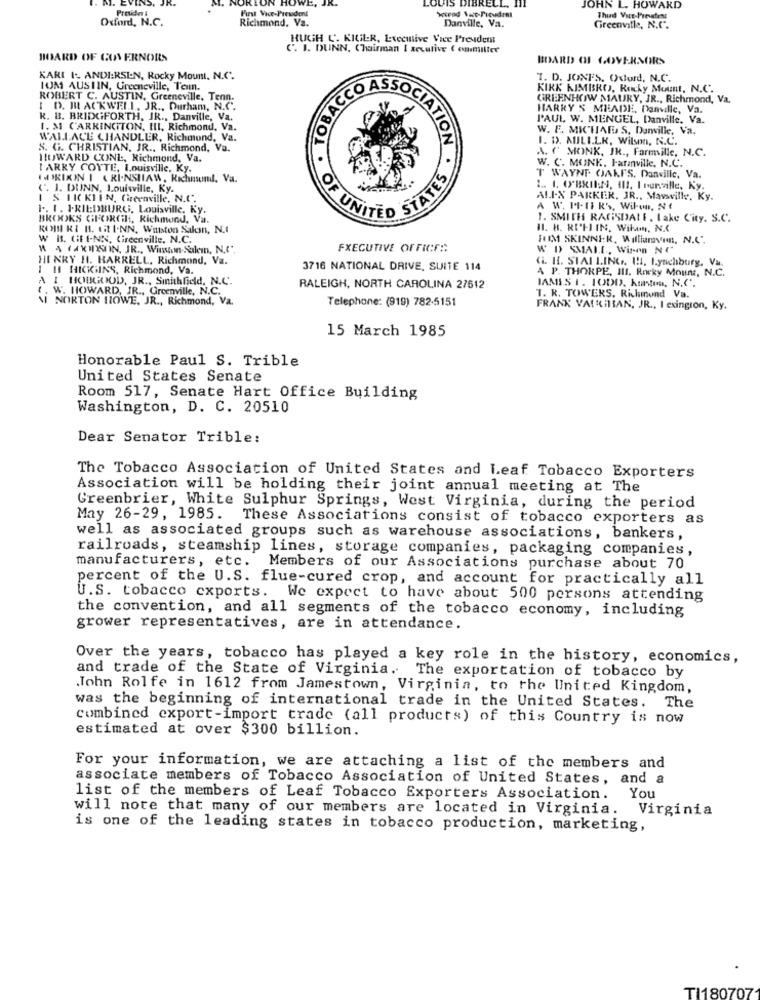
First Vice-President
LOUIS DI
JOHN L. HOWARD
Oxford, N.C.
Richmond. Va.
Thud Vart-Prevent
Danville, Va.
Greenville, N.C.
HUGH C'. KILILR, Executive Vice President
C. I. DUNN, Chairman I secutive ( enmiller
BOARD OF GOVERNORS
BOARD OF GOVERNORS
KARI 1- ANDI:RSI:N, Rocky Mount, N.C.
T. D. JONES. Oxford, N.C.
IUM AUSIIN, Greeneville, Teun.
TOBACCO
KIRK KIMBROJ, Rocky Mount, N.C.
ROBERT C. AUSTIN, Greeneville, Tenn.
GREENHOW MAURY, JR ., Richmond, Va.
I D. BLACKWELL, JR ., Durham, N.C.
HARRY S MHADE, Danville, Va.
R. B. BRIDGFORTH, JR ., Danville, Va.
P'AUL W. MENGEL, Danville, Va.
I. M CARRINGTON, III, Richmond, Va.
W. E. MICHIAF S, Danville, Va.
WALLACE CHANDLER, Richmond, Va.
I. D. MILIER, Wilson, N.C.
S. G. CHRISTIAN, JR ., Richmond, Va.
ATION
A. ( MONK, JR ., Farmville, N.C.
NIUWARD CUINL, Richmond, Va.
I ARRY CONTE, Louisville, Ky.
W. C. MONK, Paranville, N.C.
FRIKIN I & RI-NSHAW, Richmond. Va.
ATES
T WAYNE OAKFS. Danville, Va.
(. I. DUNN, Louisville, Ky.
1 & 1ICKI IN, Greenville, N.C.
ALI-X PARKER, JR ., Mavwville, Ky.
1 .. 1. 1.RIEDBURG, Louisville, Ky,
A W IT-11 R'S, Wil-un, NE
BROOKS GEORGHH, Richmond, Va.
1. SMITH RAGSDALE, Lake City. S.C.
ROHIN KI H. till.NN, Winston Salemn, N.I
IL. R. RILI IN. Wilum, N.C
W BS. UE I-NN, Cireenville, N.C.
HIM SKINNER, Williamvin, N.C".
W 4 (AKIKSIN, JR ., Winston-Salem, N.c",
FXECUTIVE OFFICE ::
W D SMALL, Wir-en NO
HENRY H. HARRELL, Richmond, Va.
(i. H. SIAI LING .. I !. Lynchburg, Va.
1 H HIGGINS, Richmond, Va.
3716 NATIONAL DRIVE, SUITE 114
A P. THORPE, III. Rocky Mount, N.C.
I HOBGOOD, JR ., Smithfield, N.C.
JAMES I. 1ODD. kunsten, N.C".
W. HOWARD, JR ., Greenville, N.C.
RALEIGH, NORTH CAROLINA 27612
I NORTON HOWE, JR ., Richmond, Va.
Telephone: (919) 782-5151
T. R. TOWERS, Richunund Va.
FRANK VALLILIAN, JR ., I exington, Ky.
15 March 1985
Honorable Paul S. Trible
United States Senate
Room 517, Senate Hart Office Building
Washington, D. C. 20510
Dear Senator Trible:
The Tobacco Association of United States and Leaf Tobacco Exporters
Association will be holding their joint annual meeting at The
Greenbrier, White Sulphur Springs, West Virginia, during the period
May 26-29, 1985. These Associations consist of tobacco exporters as
well as associated groups such as warehouse associations, bankers,
railroads, steamship lines, storage companies, packaging companies,
manufacturers, etc.
Members of our Associations purchase about 70
percent of the U.S. flue-cured crop, and account for practically all
U.S. tobacco cxports. We expect to have about 500 persons attending
the convention, and all segments of the tobacco economy, including
grower representatives, are in attendance.
Over the years, tobacco has played a key role in the history, economics,
and trade of the State of Virginia. The exportation of tobacco by
.John Rolfe in 1612 from Jamestown, Virginia, to the United Kingdom,
was the beginning of international trade in the United States. The
combined export-import trade (all products) of this Country is now
estimated at over $300 billion.
For your information, we are attaching a list of the members and
associate members of Tobacco Association of United States, and a
list of the members of Leaf Tobacco Exporters Association.
You
will note that many of our members are located in Virginia.
Virginia
is one of the leading states in tobacco production, marketing,
TI180707